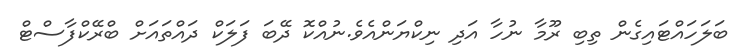
ބަލަހައްޓައިގެން ތިބި ރޫމާ ނުހާ އަދި ނިކްޔަންއެވެ.ނުއްކޮ ދޭބަ ފަލަކް ދައްތައަށް ބްރޭކްފާސްޓް